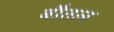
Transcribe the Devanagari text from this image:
बौतल